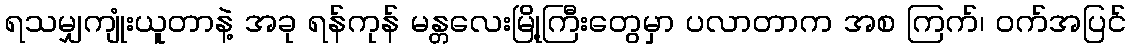
ရသမျှကျုံးယူတာနဲ့ အခု ရန်ကုန် မန္တလေးမြို့ကြီးတွေမှာ ပလာတာက အစ ကြက်၊ ဝက်အပြင်